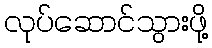
လုပ်ဆောင်သွားဖို့